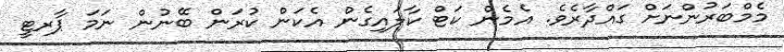
މެމްބަރުންނަށް ގައްދާރެވެ. އެމެން ކަޓް ކާލައިގެން އެކަން ކުރަން ބޭނުން ނަމަ ޕާރޓީ